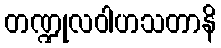
တဏ္ဍုလဝါဟသတာနိ